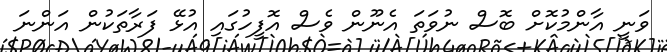
ވަނީ އާންމުކޮށް ބޮސް ނުވަތަ އެނޫން ވެސް އޮފީހުގައި އުޅޭ ފަރާތަކުން އަންނަ